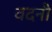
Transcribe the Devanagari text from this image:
वदनी